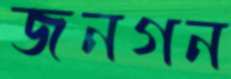
জনগন